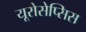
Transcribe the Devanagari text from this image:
यूरोसेप्सिस